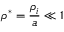
\rho ^ { * } = \frac { \rho _ { i } } { a } \ll 1